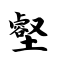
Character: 壑